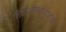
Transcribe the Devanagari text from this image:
शिवाजीमहाराजांबर